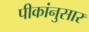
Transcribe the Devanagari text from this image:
पीकांनुसार